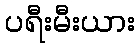
ပရီးမီးယား